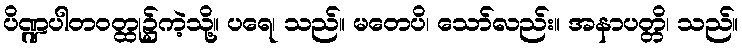
ပိဏ္ဍပါတဝတ္ထု၌ကဲ့သို့။ ပရေ၊ သည်။ မတေပိ၊ သော်လည်း။ အနာပတ္တိ၊ သည်။